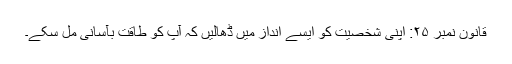
قانون نمبر ۲۵: اپنی شخصیت کو ایسے انداز میں ڈھالیں کہ آپ کو طاقت بآسانی مل سکے۔